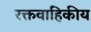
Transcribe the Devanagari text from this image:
रक्तवाहिकीय